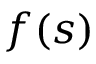
f ( s )